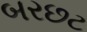
બરછટ